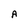
Character: A